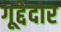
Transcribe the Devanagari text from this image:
गूद्देदार